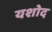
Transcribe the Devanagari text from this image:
यशोद